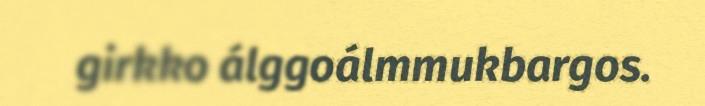
girkko álggoálmmukbargos.